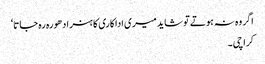
اگر وہ نہ ہوتے تو شاید میری اداکاری کا ہنر ادھورہ رہ جاتا‘
کراچی۔